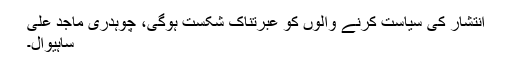
انتشار کی سیاست کرنے والوں کو عبرتناک شکست ہوگی، چوہدری ماجد علی
ساہیوال۔